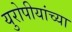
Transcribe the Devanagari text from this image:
युरोपीयांच्या